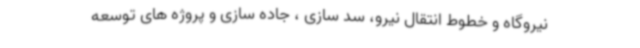
نیروگاه و خطوط انتقال نیرو، سد سازی ، جاده سازی و پروژه های توسعه